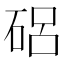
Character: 𥓅